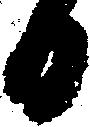
日